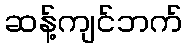
ဆန့်ကျင်ဘက်